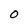
Character: 0